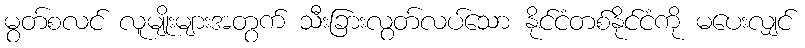
မွတ်စလင် လူမျိုးများအတွက် သီးခြားလွတ်လပ်သော နိုင်ငံတစ်နိုင်ငံကို မပေးလျှင်